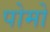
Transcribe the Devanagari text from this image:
पोमो